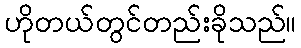
ဟိုတယ်တွင်တည်းခိုသည်။